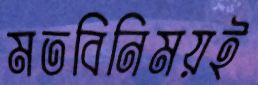
মতবিনিময়ই